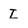
Character: I